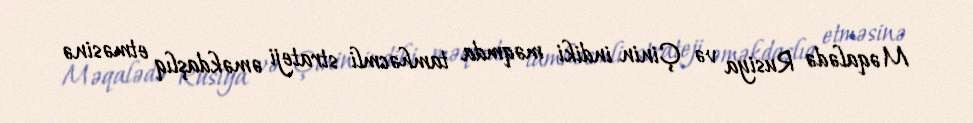
Məqalədə Rusiya və Çinin indiki məqmda tamhəcmli strateji əməkdaşlıq etməsinə